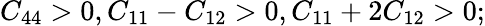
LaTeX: C_{44}>0,C_{11}-C_{12}>0,C_{11}+2C_{12}>0;